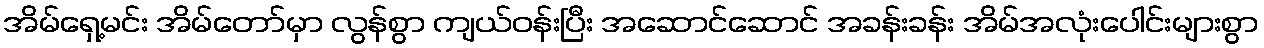
အိမ်ရှေ့မင်း အိမ်တော်မှာ လွန်စွာ ကျယ်ဝန်းပြီး အဆောင်ဆောင် အခန်းခန်း အိမ်အလုံးပေါင်းများစွာ